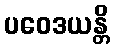
ပဝေဒယန္တိ